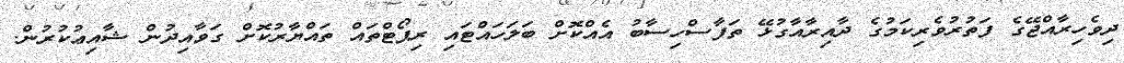
ދިވެހިރާއްޖޭގެ ފަތުރުވެރިކަމުގެ ދާއިރާއާގުޅޭ ތަފާސްހިސާބު އެއްކޮށް ބަލަހައްޓައި ރިޕޯޓްތައް ތައްޔާރުކޮށް ގަވާއިދުން ޝާއިޢުކުރުން.